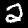
Label: 2